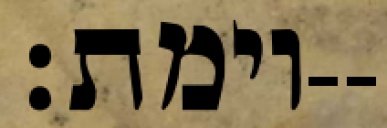
וימת׃--